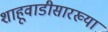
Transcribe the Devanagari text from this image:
शाहूवाडीसारख्या